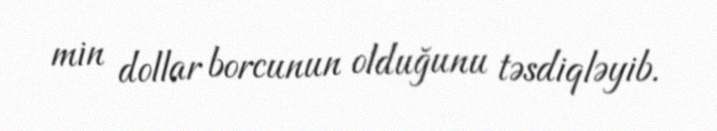
min dollar borcunun olduğunu təsdiqləyib.